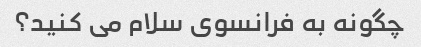
چگونه به فرانسوی سلام می کنید؟